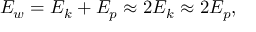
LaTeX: E _ { w } = E _ { k } + E _ { p } \approx 2 E _ { k } \approx 2 E _ { p } ,